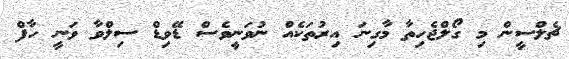
ޗެލްސީން މި ގޯލްޖެހިތާ މާގިނަ އިރުތަކެއް ނުވަނީވެސް ޑޭވިޑް ސިލްވާ ވަނީ ހާފް